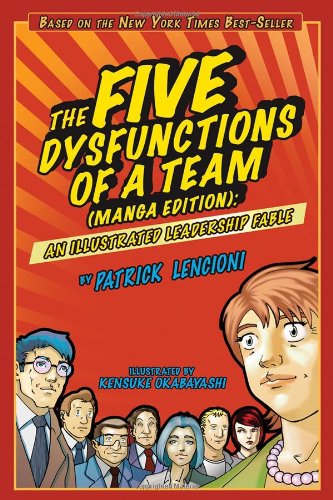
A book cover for The Five Dysfunctions of a Team, Manga Edition: An Illustrated Leadership Fable; Patrick M. Lencioni; Comics & Graphic Novels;